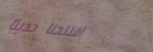
افتتحنا حديثاً